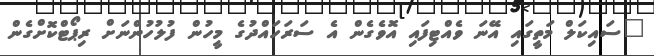
"ސައިކަލް މަތީގައި އޭނަ ވެއްޓިފައި އޮވެގެން އެ ސަރަހައްދުގެ މީހުން ފުލުހުންނަށް ރިޕޯޓްކޮށްގެން